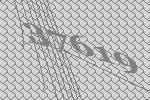
37619